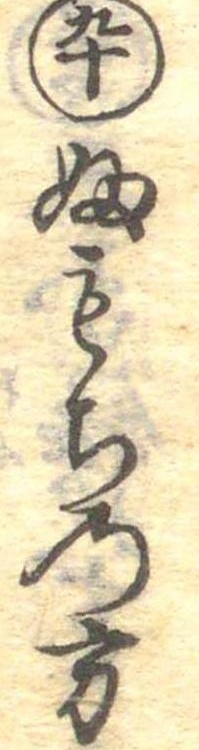
九十ふもちの方